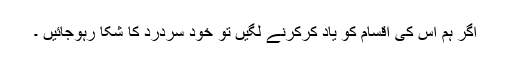
اگر ہم اس کی اقسام کو یاد کرکرنے لگیں تو خود سردرد کا شکا رہوجائیں ۔